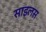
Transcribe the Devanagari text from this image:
साइलस